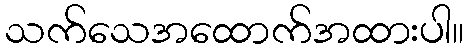
သက်သေအထောက်အထားပါ။